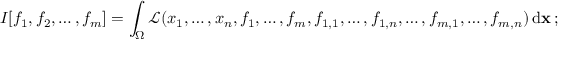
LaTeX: I [ f _ { 1 } , f _ { 2 } , \dots , f _ { m } ] = \int _ { \Omega } { \mathcal { L } } ( x _ { 1 } , \dots , x _ { n } , f _ { 1 } , \dots , f _ { m } , f _ { 1 , 1 } , \dots , f _ { 1 , n } , \dots , f _ { m , 1 } , \dots , f _ { m , n } ) \, \mathrm { d } \mathbf { x } \, \! ~ ; ~ ~ f _ { i , j } : = { \cfrac { \partial f _ { i } } { \partial x _ { j } } }